Document type: Sale
Year: 1439
Scribe: Arnau d'Illes
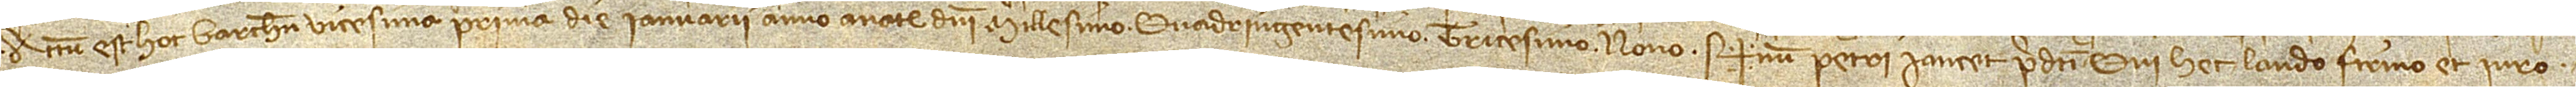
Actum est hoc Barchinone vicesima prima die ianuarii, anno a Nativitate Domini millesimo quadringentesimo tricesimo nono. Sig+num Petri Iancet predicti, qui hec laudo et iuro.